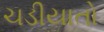
ચડીયાતો